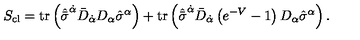
S _ { \mathrm { c l } } = \mathrm { t r } \left( \hat { \bar { \sigma } } ^ { \dot { \alpha } } \bar { D } _ { \dot { \alpha } } D _ { \alpha } \hat { \sigma } ^ { \alpha } \right) + \mathrm { t r } \left( { \hat { \bar { \sigma } } } ^ { \dot { \alpha } } \bar { D } _ { \dot { \alpha } } \left( e ^ { - V } - 1 \right) D _ { \alpha } { \hat { \sigma } } ^ { \alpha } \right) .